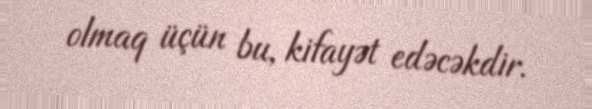
olmaq üçün bu, kifayət edəcəkdir.